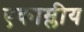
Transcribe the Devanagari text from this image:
एकाम्लीय